Annual administration report of the Civil Veterinary Department of India - 1896-1897
Year: 1896
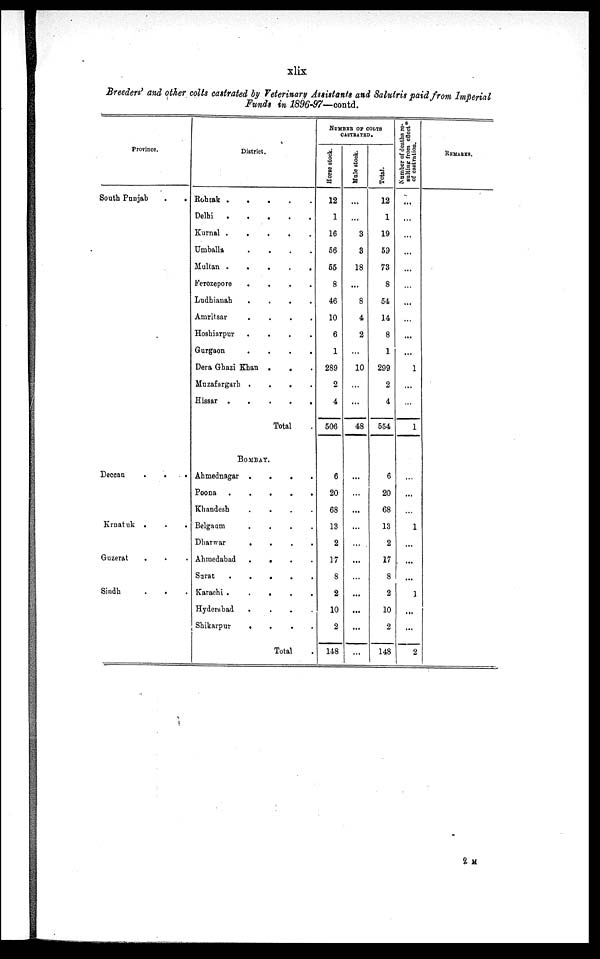
xlix
Breeders' and other colts castrated by Veterinary Assistants and Salutris paid from Imperial
Funds in 1896-97—contd.
Province.
South Punjab
.
.
Deccan
.
.
.
Krnatuk
.
.
.
Guzerat . . .
Sindh . . .
District.
Rohtak
.
.
.
.
.
Delhi . . . . .
Kurnal
.
.
.
.
.
Umballa
.
.
.
.
Multan
.
.
.
.
.
Ferozepore
.
.
.
.
Ludhianah
.
.
.
.
Amritsar
.
.
.
.
Hoshiarpur
.
.
.
.
Gurgaon
.
.
.
.
Dera Ghazi Khan . . .
Muzafargarh
.
.
.
.
Hissar
.
.
.
.
.
Total
BOMBAY.
Ahmednagar
.
.
.
.
Poona
.
.
.
.
.
Khandesh
.
.
.
.
Belgaum
.
.
.
.
Dharwar . . . .
Ahmedabad . . . .
Sarat
.
.
.
.
.
Karachi . . . . .
Hyderabad . . . .
Shikarpur
.
.
.
Total
NUMBER OF COLTS
CASTRATED.
Horse stock.
12
1
16
56
55
8
46
10
6
1
289
2
4
506
6
20
68
13
2
17
8
2
10
2
. 148
Mule stock.
...
...
3
3
18
...
8
4
2
...
10
...
...
48
...
...
...
...
...
...
...
...
...
...
...
Total.
12
1
19
59
73
8
54
14
8
1
299
2
4
554
6
20
68
13
2
17
8
2
10
2
148
Number of deaths re-
sulting
from effects
of castration.
...
...
...
...
...
...
...
...
...
...
1
...
...
1
...
...
...
1
...
...
...
1
...
...
2
REMARKS.
2 M